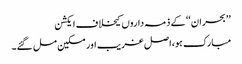
’’بحران‘‘ کے ذمہ داروں کیخلاف ایکشن
مبارک ہو،اصل غریب اور مسکین مل گئے۔